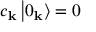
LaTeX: c _ { \mathbf { k } } \left| 0 _ { \mathbf { k } } \right\rangle = 0